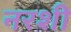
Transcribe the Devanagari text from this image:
नरशी